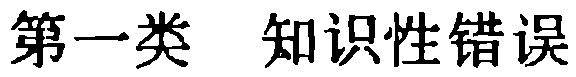
第一类 知识性错误